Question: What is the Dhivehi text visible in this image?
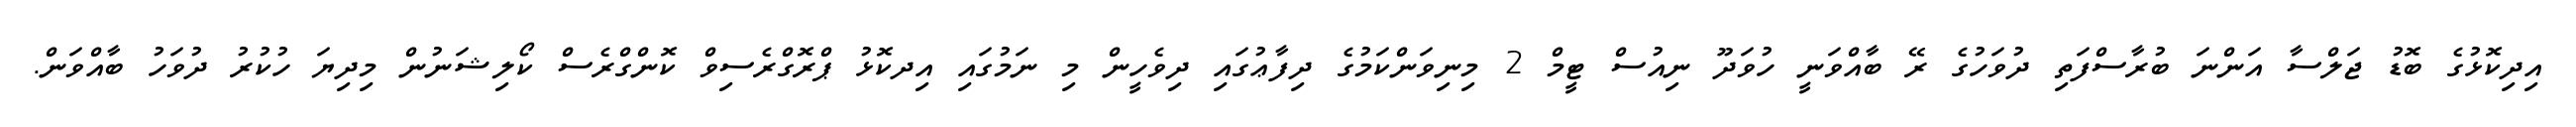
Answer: އިދިކޮޅުގެ ބޮޑު ޖަލްސާ އަންނަ ބުރާސްފަތި ދުވަހުގެ ރޭ ބާއްވަނީ ހުވަދޫ ނިއުސް ޓީމް 2 މިނިވަންކަމުގެ ދިފާޢުގައި ދިވެހީން މި ނަމުގައި އިދކޮޅު ޕްރޮގްރެސިވް ކޮންގްރެސް ކޯލިޝަނުން މިދިޔަ ހުކުރު ދުވަހު ބާއްވަން.